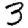
Digit: 3